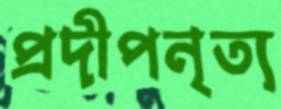
প্রদীপনৃত্য